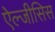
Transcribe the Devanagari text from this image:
ऐल्जीसिस